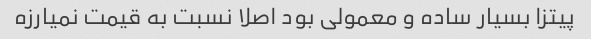
پیتزا بسیار ساده و معمولی بود اصلا نسبت به قیمت نمیارزه